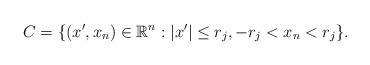
LaTeX: \begin{align*} C = \{ ( x' , x_n ) \in \mathbb{R}^n : | x' | \leq r_j, - r_j < x_n < r_j \}. \end{align*}